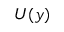
U ( y )